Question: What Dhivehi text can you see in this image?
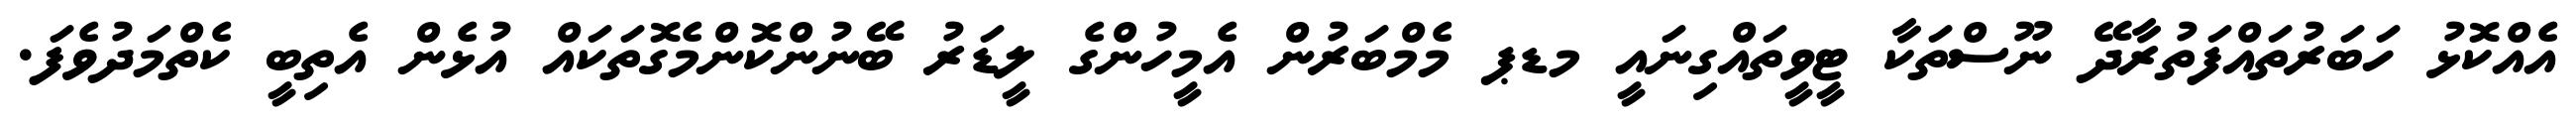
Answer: އެއްކޮޅު ހަބަރުތައްފަތުރާދޭ ނޫސްތަކާ ޓީވީތައްގިނައީ މޑޕ މެމްބަރުން އެމީހުންގެ ލީޑަރު ބޭނުންކޮންމެގޮތަކައް އުޅެން އެތިބީ ކެތްމަދުވެފަ.